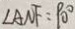
\angle A N F = 9 0 ^ { \circ }